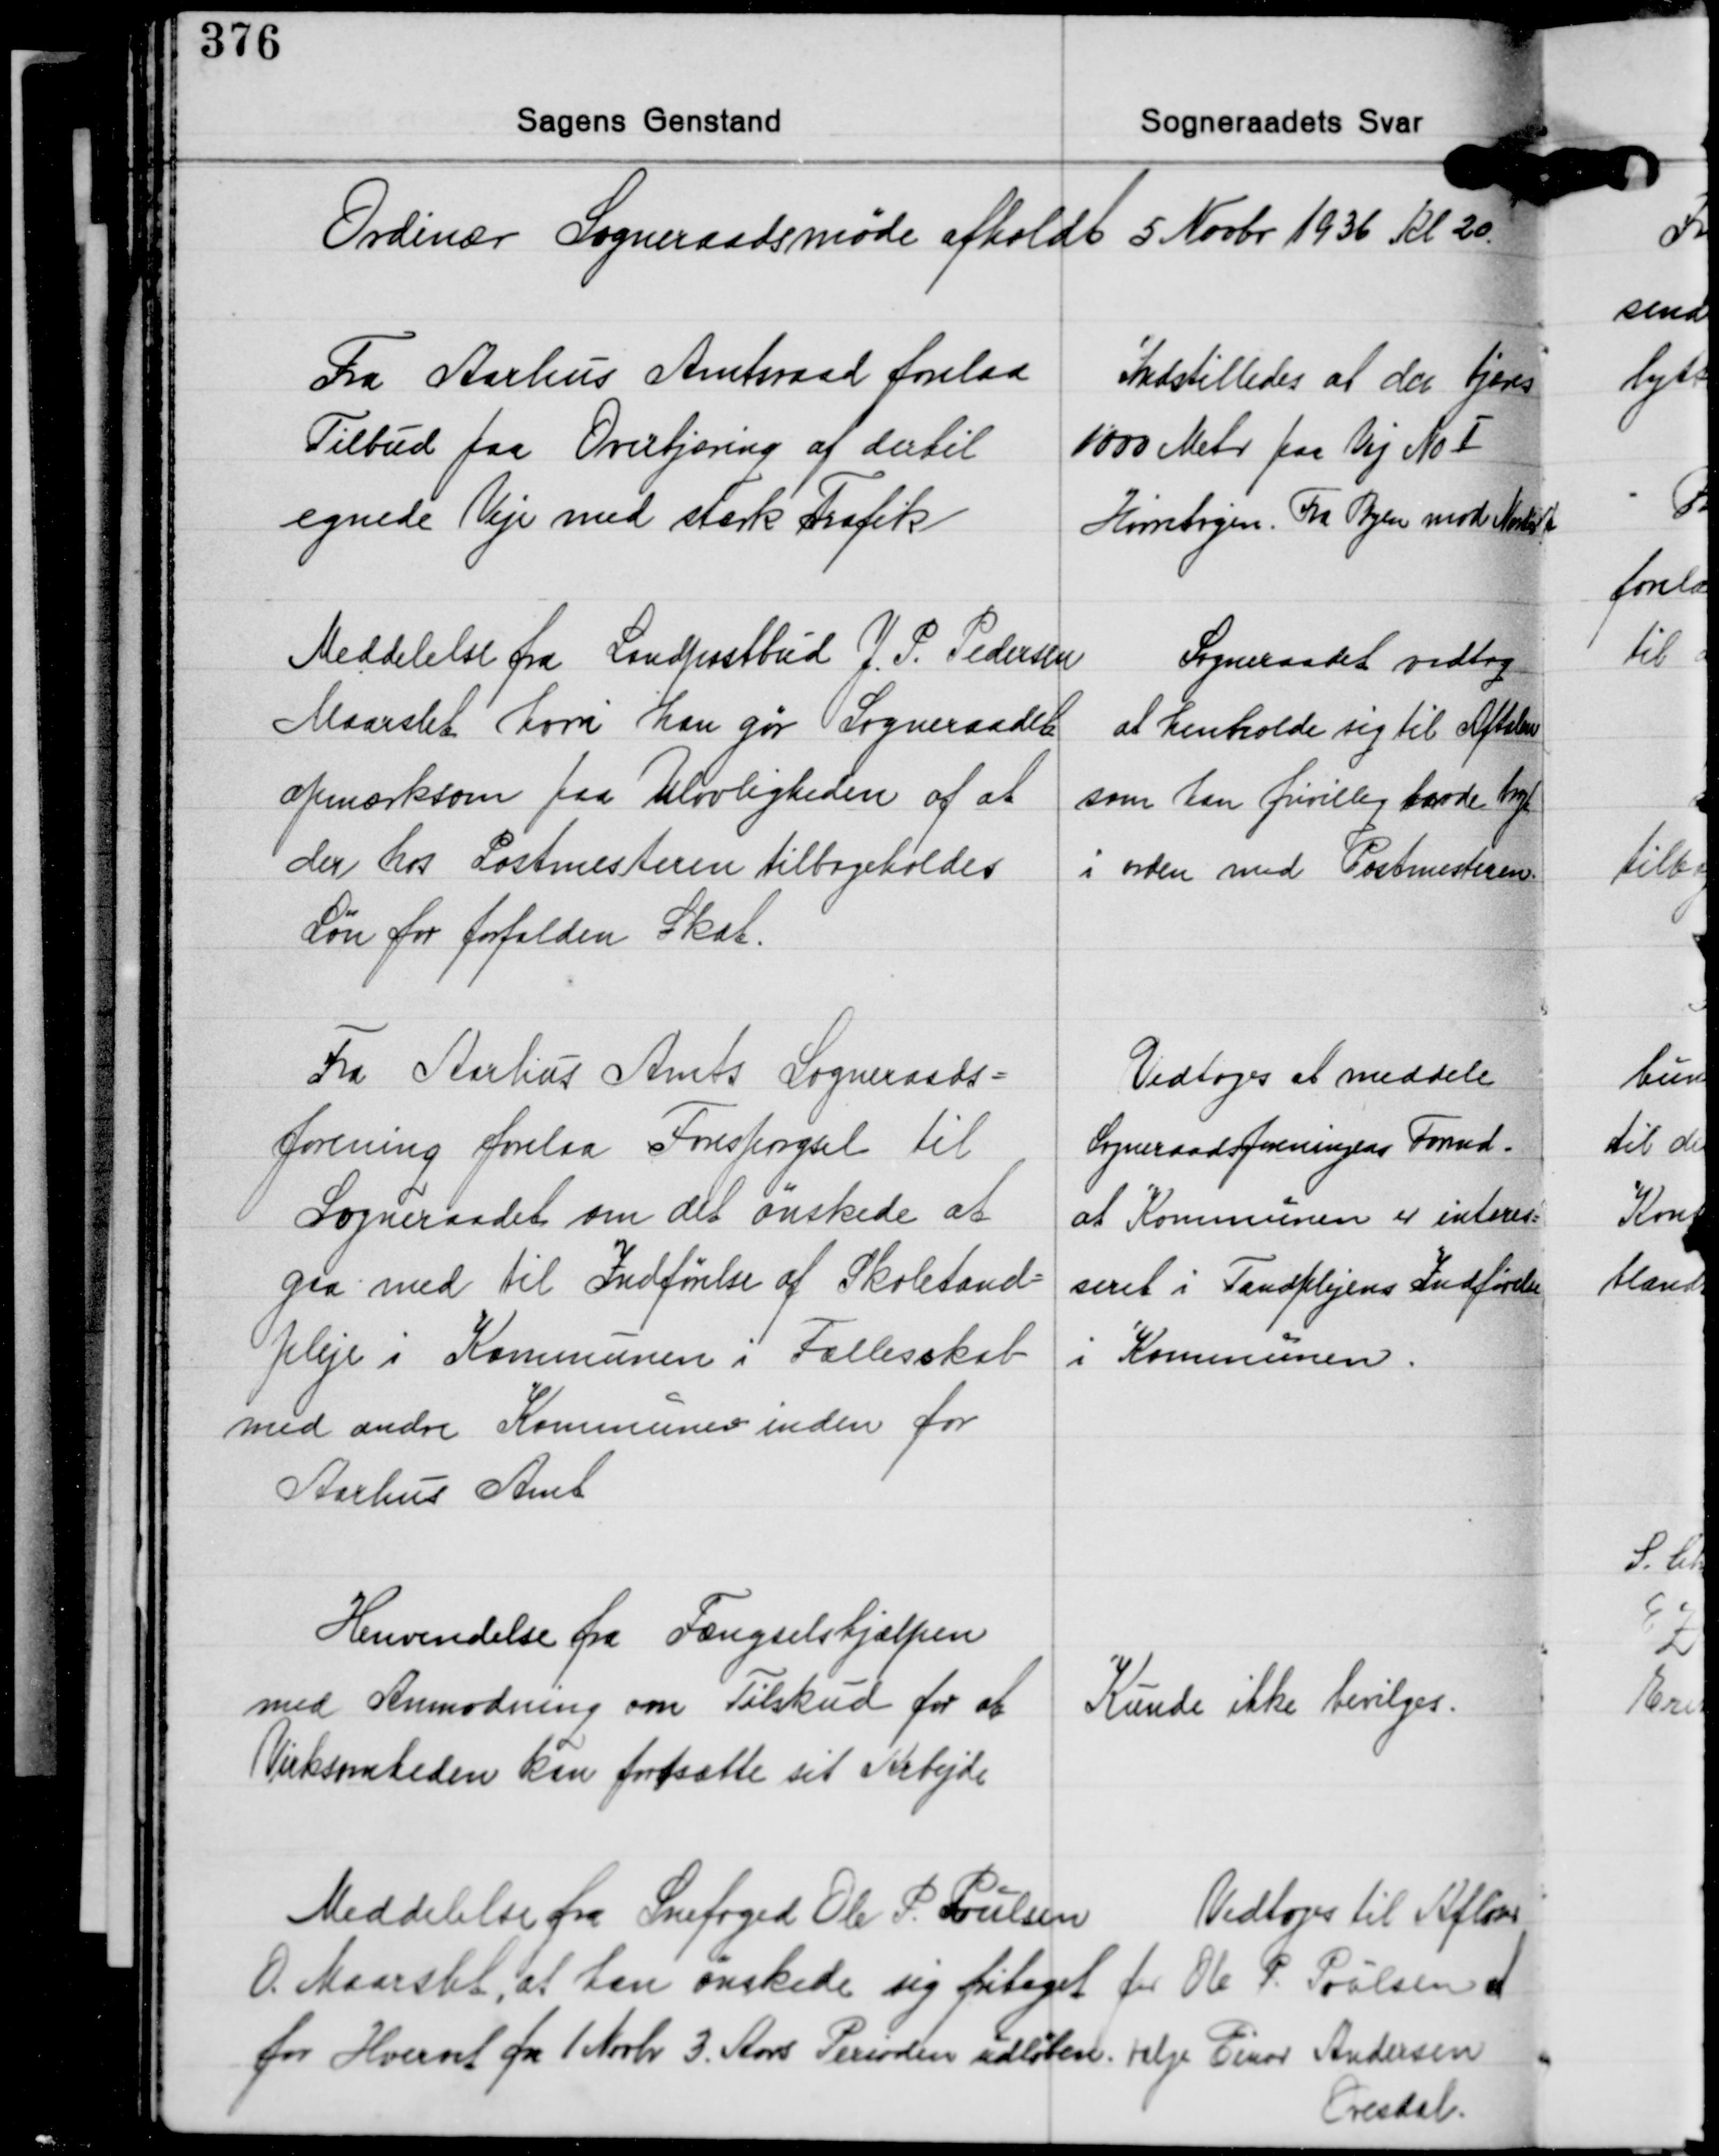
Transskription:
Ordinær Sogneraadsmøde afholdt 5 Novbr. 1936 Kl 20.

Fra Aarhus Amtsraad forelaa
Tilbud paa Overtjæring af dertil
egnede Veje med stærk Trafik.

Indstilledes at der tjæres
1000 Meter paa Vej No Ⅰ
Hørretvejen. Fra Byen mod Nord.

Meddelelse fra Landpostbud J. P. Pedersen
Maarslet hvori han gør Sogneraadet
opmærksom paa Ulovligheden af at
der hos Postmesteren tilbageholdes
Løn for forfalden Skat.

Sogneraadet vedtog
af henholde sig til Aftalen
som han frivillig havde bragt
i orden med Postmesteren.

Fra Aarhus Amts Sogneraads-
forening forelaa Forespørgsel til
Sogneraadet om det ønskede at
gaa med til Indførelse af Skoletand-
pleje i Kommunen i Fællesskab
med andre Kommuner inden for
Aarhus Amt

Vedtoges at meddele
Sogneraadsforeningens Formd.
at Kommunen er interes-
seret i Tandplejens Indførelse
i Kommunen.

Henvendelse fra Fængselshjælpen
med Anmodning om Tilskud for at
Virksomheden kan fortsætte sit Arbejde

Kunde ikke bevilges.

Meddelelse fra Snefoged Ole P. Poulsen
O. Maarslet, at han ønskede sig fritaget
for Hvervet fra 1 Novbr. 3 Aars Perioden udløben.

Vedtoges til Afløser
for Ole P. Poulsen at
vælge Einar Andersen
Oresdal.